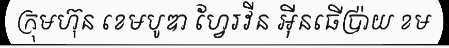
ក្រុមហ៊ុន ខេមបូឌា ហ្វែរវីន អ៊ីនធើប្រ៉ាយ ខម